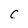
Character: C